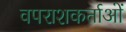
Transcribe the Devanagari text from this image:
वपराशकर्ताओं